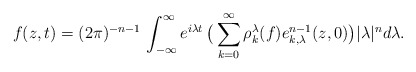
\begin{align*}f(z,t) = (2\pi)^{-n-1}\, \int_{-\infty}^\infty e^{i\lambda t}\, \big(\sum_{k=0}^\infty \rho_k^\lambda(f)e^{n-1}_{k,\lambda}(z,0) \big) |\lambda|^n d\lambda.\end{align*}